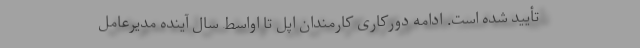
تأیید شده است. ادامه دورکاری کارمندان اپل تا اواسط سال آینده مدیرعامل